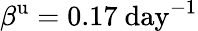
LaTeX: \beta^{\mathrm{u}}=0.17~\mathrm{day}^{-1}